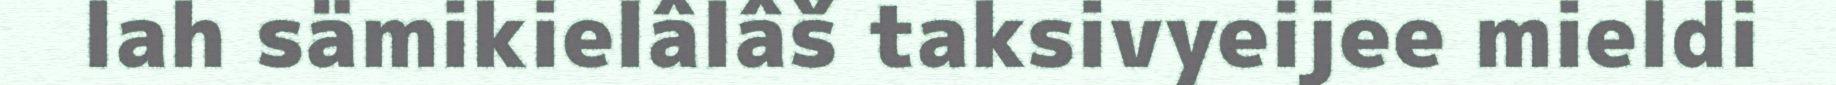
lah sämikielâlâš taksivyeijee mieldi